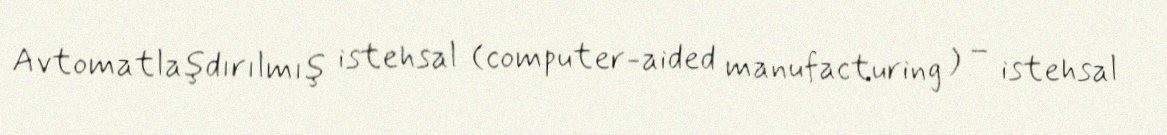
Avtomatlaşdırılmış istehsal (computer-aided manufacturing ) – istehsal